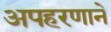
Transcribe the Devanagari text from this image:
अपहरणाने